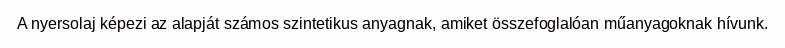
A nyersolaj képezi az alapját számos szintetikus anyagnak, amiket összefoglalóan műanyagoknak hívunk.